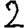
Digit: 2